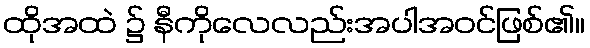
ထိုအထဲ ၌ နီကိုလေလည်းအပါအဝင်ဖြစ်၏။